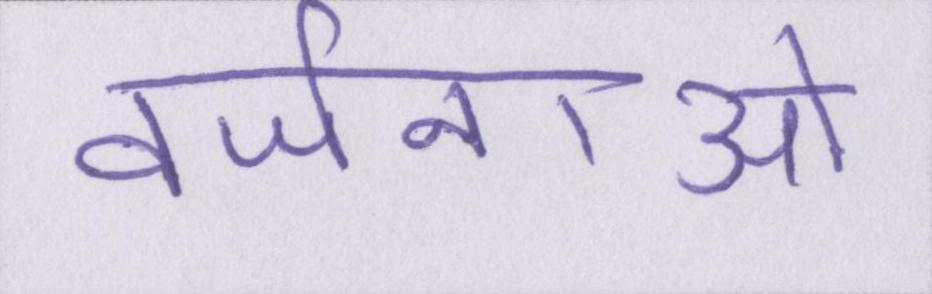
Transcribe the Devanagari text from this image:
वर्जनाओं